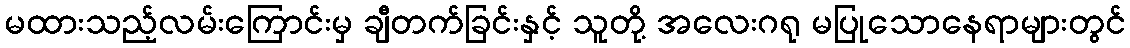
မထားသည့်လမ်းကြောင်းမှ ချီတက်ခြင်းနှင့် သူတို့ အလေးဂရု မပြုသောနေရာများတွင်